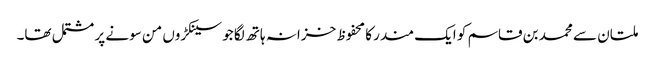
ملتان سے محمد بن قاسم کو ایک مندر کا محفوظ خزانہ ہاتھ لگا جو سینکڑوں من سونے پر مشتمل تھا۔